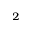
_ { 2 }